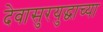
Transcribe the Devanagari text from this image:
देवासुरयुद्धाच्या